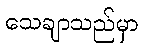
သေချာသည်မှာ